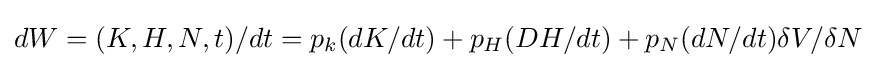
dW=(K,H,N,t)/dt=p_{k}(dK/dt)+p_{H}(DH/dt)+p_{N}(dN/dt)\delta V/\delta N